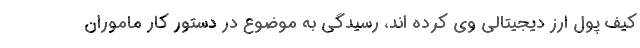
کیف پول ارز دیجیتالی وی کرده اند، رسیدگی به موضوع در دستور کار ماموران